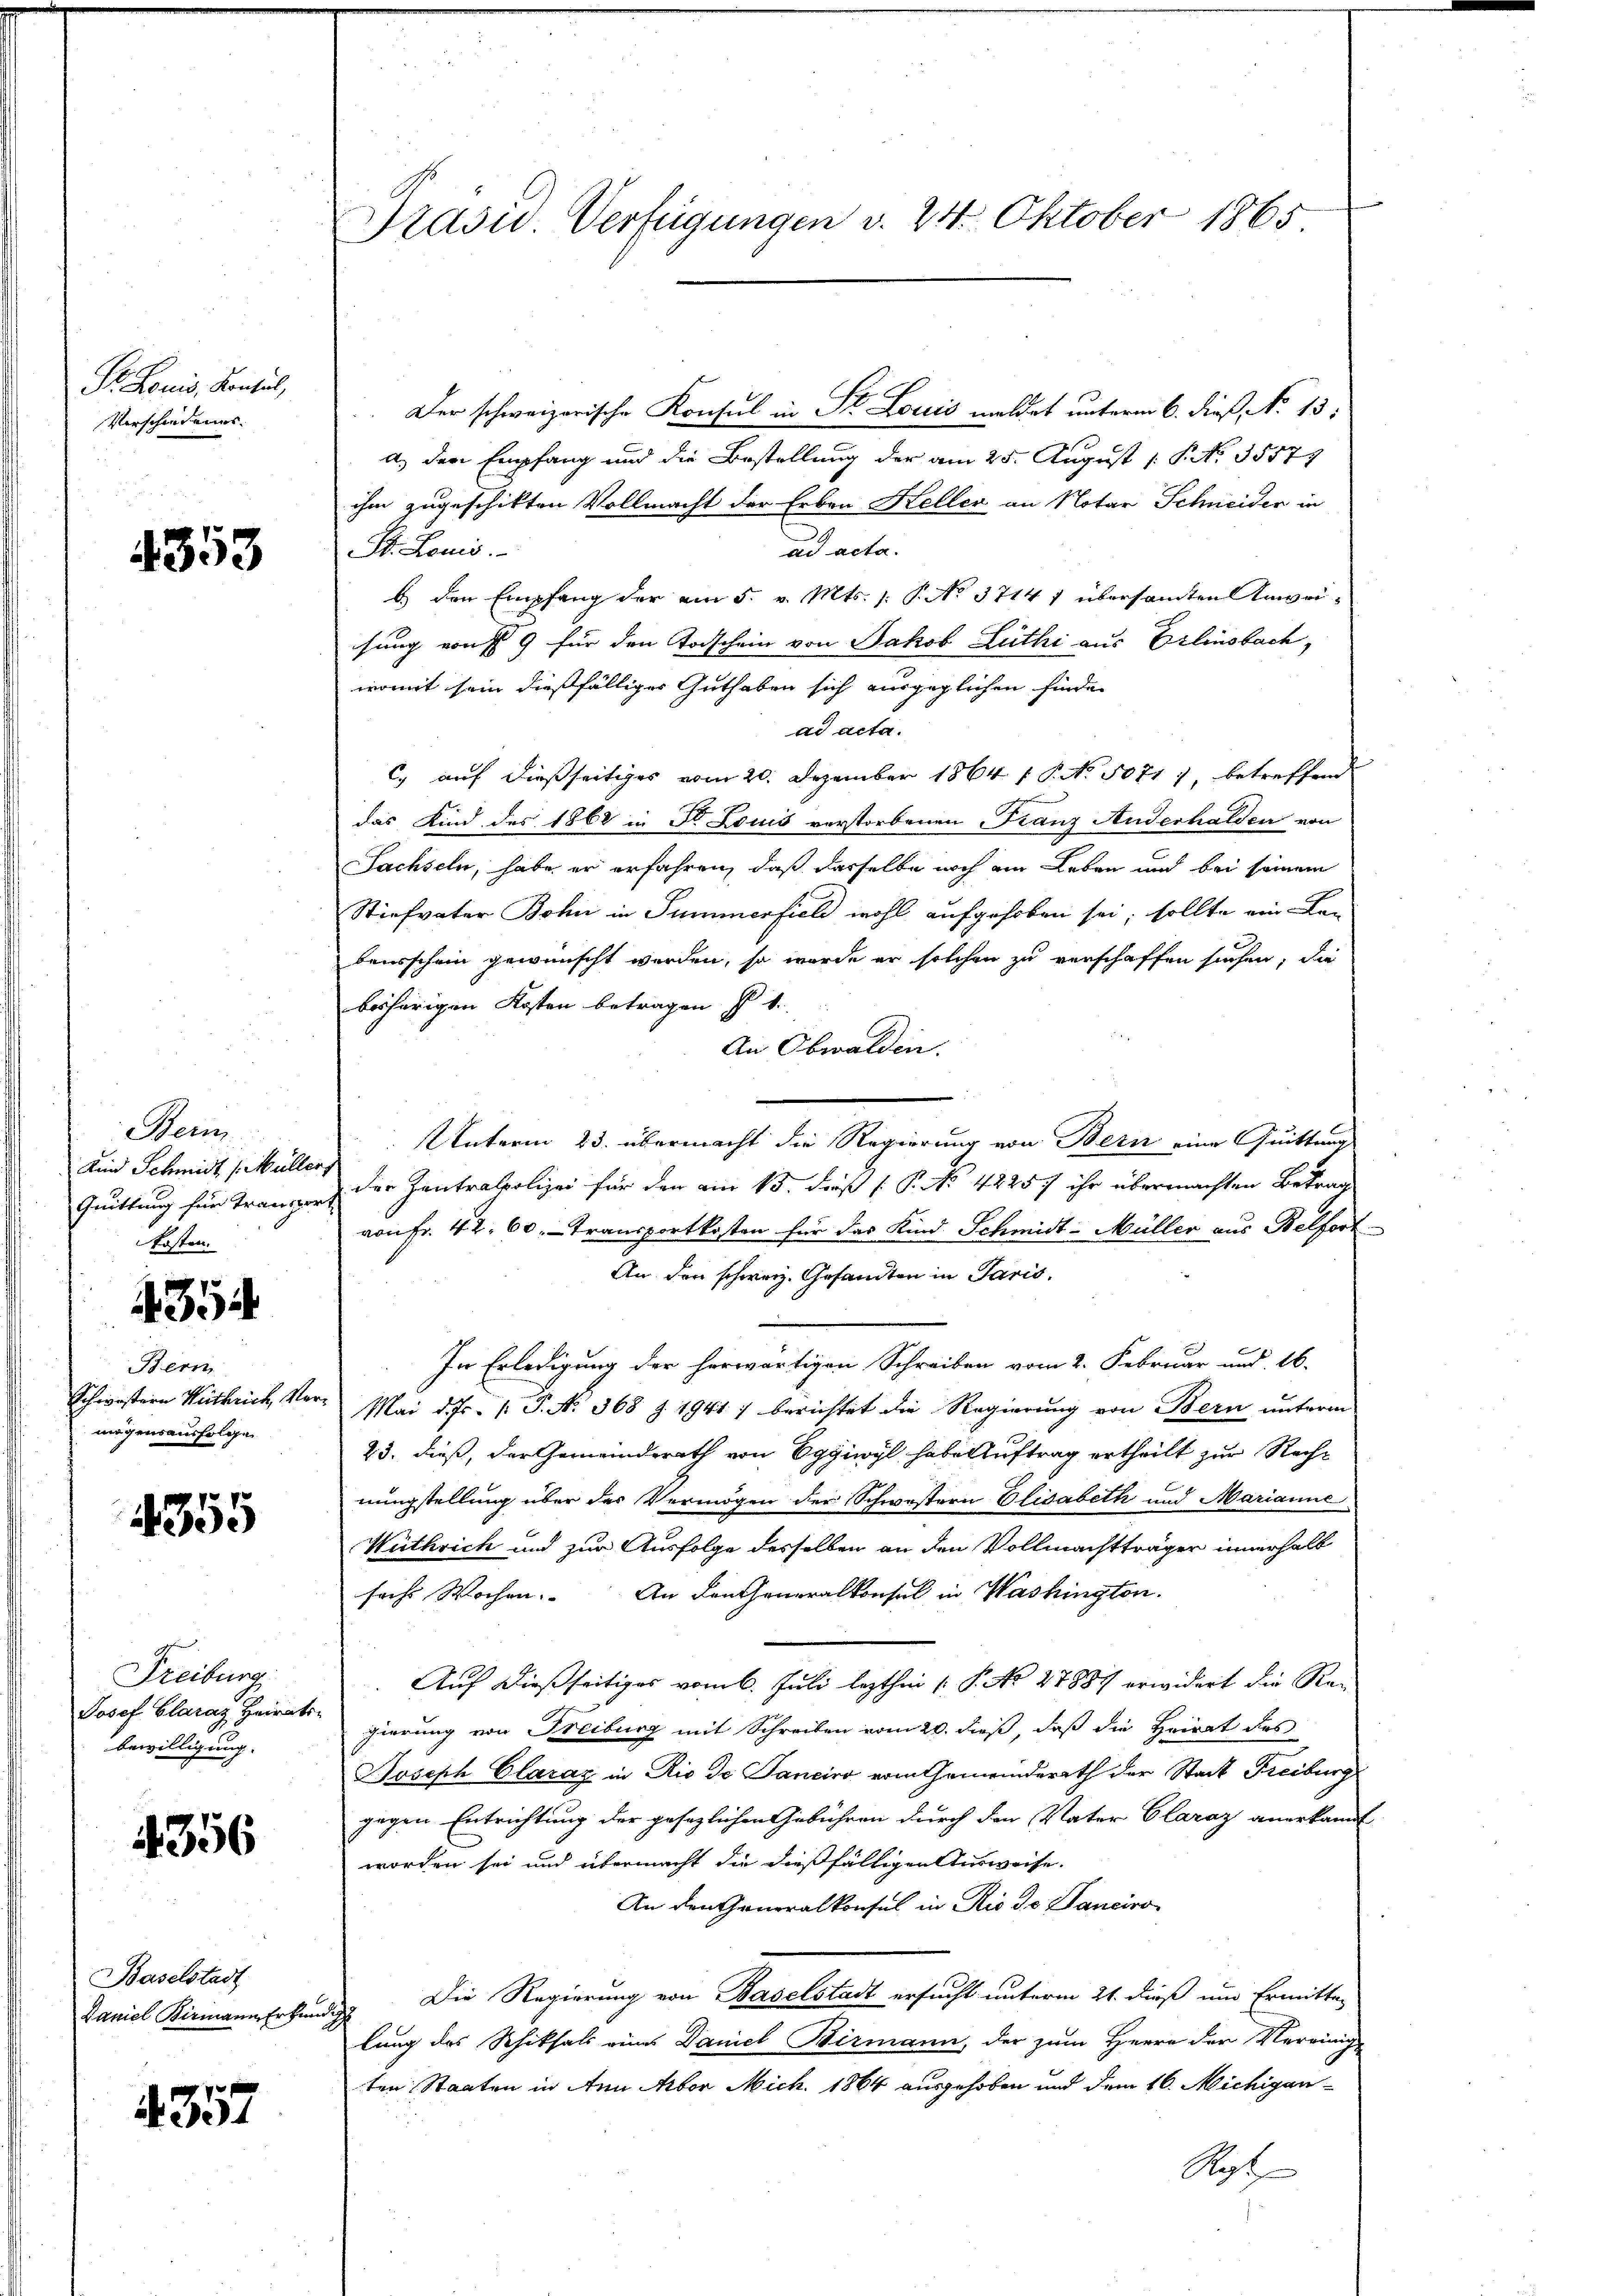
Pr. Louis, Konsul,
Verscheidungs

4353

Berm
Kind Schmidt (Müller
Quittung für Transporkosten.

435

Bern
Schwistern Wuthrich, Ve
mögensausfolge

355

Freiburg
Josef Claraz Heirats.
bewilligung.

4356

Baselstadt
Laniel Birmann Erkun

4357

Präsid Verfügungen v. 24. Oktober 1865

Der schweizerische Konsul in St. Louis meldet unterm 6. dieß, No 13:
a) der Empfang und die Bestellung der am 25. August 1 P. No. 35571
ihm zugeschikten Vollmacht der Erben Heller an Notar Schneider in
ad acta.
St. Louis
b. den Empfang der am 5. v. Mts. (: P. No 3714 1 übersammten Anweihung von 9 für den Todschein von Jakob Lüthi aus Erlinsbach,
womit sein dießfälliges Guthaben sich ausgeglichen finde.
ad acta.
c. auf dießseitiges vom 20. Dezember 1864 1 P. No. 5071 1, betreffend
das Kind des 1868 in Dr. Louis verstorbenen Franz Anderhalden von
Sachseln, habe er erfahren, daß dasselbe noch am Leben und bei seinem
Stiefvater Bohn in Summerfiel wohl aufgehoben sei, sollte ein Lei
bensschein gewünscht werden, so wurde er solchen zu verschaffen suchen, die
bisherigen Kosten betragen s 1.
An Obwalden.
Unterm 23. übermacht die Regierung von Bern eine Quittung
 der Zentralpolizei für den am 15. dieß P. No 42257/ ihr übermachten Betrag
von Fr. 42. 60. - Transportkosten für das Kind Schmidt-Müller aus Belfort
An den schweiz. Gesandten in Paris,
In Erledigung der herwärtigen Schreiben vom 2. Februar und 16.
Mai d. Js. [ P. Nr. 368 Z. 1941) berichtet die Regierung von Bern unterm
23. dieß, der Gemeindsrath von Eggiwyl habe Auftrag ertheilt zur Rechnungstellung über der Vermögen der Schwestern Elisabeth und Marianne
Wüthrich und zur Ausfolge desselben an den Vollmachtträger innerhalb
sache Wochen. An Lencheneralkonsul in Washington.
Auf dießseitiges vom 6. Juli lezthin 1 S. No 27887 erwidert die Regierung von Freiburg mit Schreiben vom 20. dieß, daß die Heirat des
Joseph Claraz in Rio de Janeiro vom Gemeinderath der Stadt Freiburg
gegen Entrichtung der gesezlichen Gebühren durch den Vater Claraz anerkannt
worden sei und übermacht die dießfälligen Ausweise.
An den Generalkonsul in Rio Dr. Sanciro
d Die Regierung von Baselstadt ersucht unterm 21. dieß um Ermitter
lung des Schiksals eines Daniel Birmann, der zum Herrn der Vereinige
ten Staaten in Ann Mbor Mich. 1864 ausgehoben und dem 16. Michigan
Rest